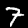
Label: 7